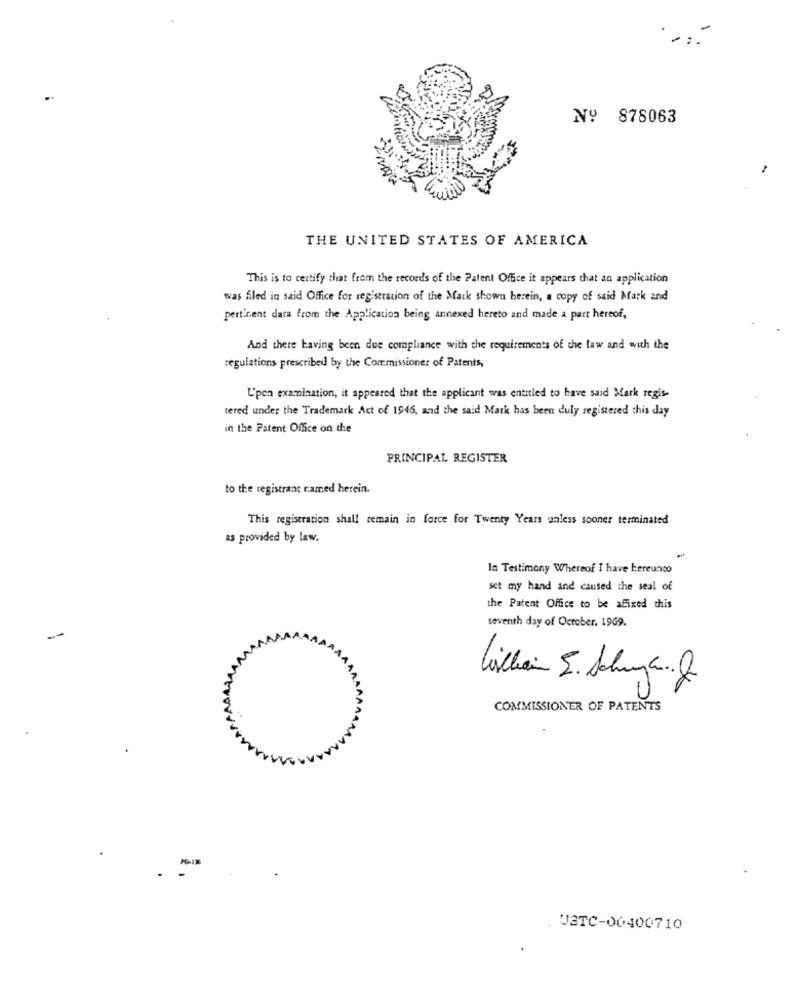
Nº 878063
THE UNITED STATES OF AMERICA
This is to certify that from the records of the Patent Office it appears that an application
was filed in said Office for registration of the Mack shown herein, a copy of said Mark and
pertinent data from the Application being annexed hereto and made a part hereof,
And there having been due compliance with the requirements of the law and with the
regulations prescribed by the Commissioner of Patents,
L'pon examination, it appeared that the applicant was entitled to have said Mark regis-
tered under the Trademark Act of 1946, and the said Mark has been duly registered this day
in the Patent Office on the
PRINCIPAL REGISTER
to the registrant named herein.
This registration shall remain in force for Twenty Years unless sooner terminated
as provided by law.
In Testimony Whereof I have bereunco
set my hand and caused the seal of
the Patent Office to be affixed this
seventh day of October, 1969.
AAAAAAAAA
COMMISSIONER OF PATENTS
USTC-00400710